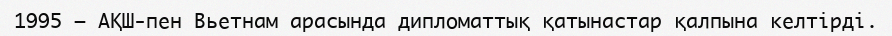
1995 — АҚШ-пен Вьетнам арасында дипломаттық қатынастар қалпына келтiрдi.